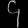
Digit: ၄